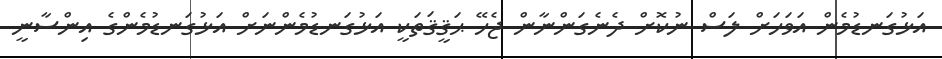
އަޅުގަނޑުމެން އަވަހަށް ލަސް ނުކޮށް ދެނެގަންނާން ޖެހޭ ޙަޤީޤަތަކީ އަޅުގަނޑުމެންނަށް އަޅުގަނޑުމެންގެ އިންސާނީ